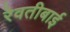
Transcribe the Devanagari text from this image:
रेवतीबाई